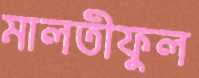
মালতীফুল